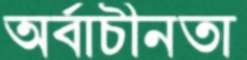
অর্বাচীনতা